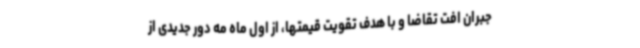
جبران افت تقاضا و با هدف تقویت قیمتها، از اول ماه مه دور جدیدی از